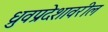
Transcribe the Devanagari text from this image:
ध्रुवप्रदेशावरील